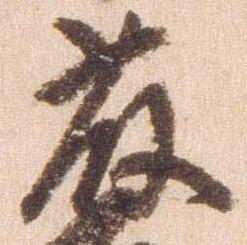
藤